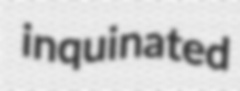
inquinated